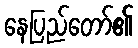
နေပြည်တော်၏